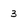
Character: 3